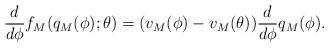
LaTeX: \begin{align*} \frac{d}{d \phi} f_{M}(q_{M}(\phi); \theta) =(v_{M}(\phi) - v_{M}(\theta))\frac{d}{d \phi} q_{M}(\phi).\end{align*}